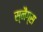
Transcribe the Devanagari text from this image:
स्नैग्स